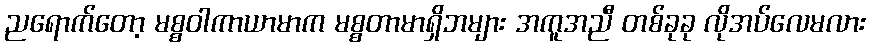
ညရောက်တော့ မစ္စဝါကာယာမာက မစ္စတာမာရှိဘများ အကူအညီ တစ်ခုခု လိုအပ်လေမလား